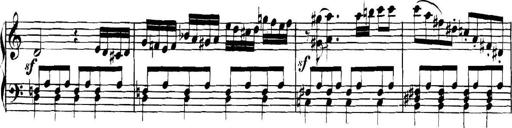
Title: Collected Piano Sonatas
Composer: Muzio Clementi